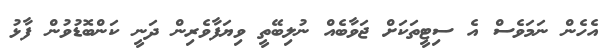
އެހެން ނަމަވެސް އެ ސިޓީތަކަށް ޖަވާބެއްް ނުލިބޭތީ ވިޔަފާވެރިން ދަނީ ކަންބޮޑުވުން ފާޅު